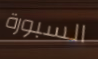
السبورة